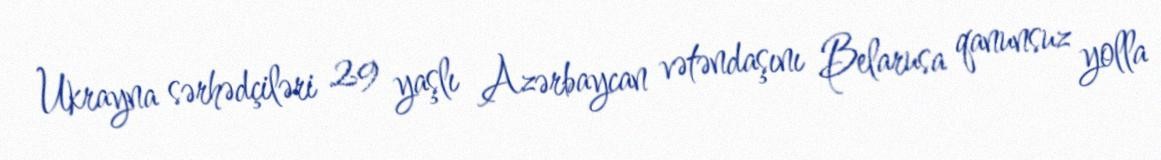
Ukrayna sərhədçiləri 29 yaşlı Azərbaycan vətəndaşını Belarusa qanunsuz yolla